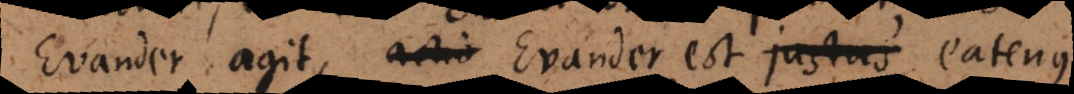
Evander agit, actio Evander est justus eatenus